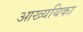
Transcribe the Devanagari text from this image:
आख्ययिका